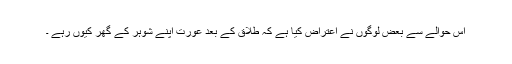
اس حوالے سے بعض لوگوں نے اعتراض کیا ہے کہ طلاق کے بعد عورت اپنے شوہر کے گھر کیوں رہے ۔